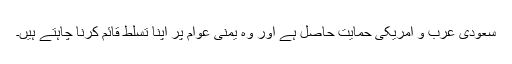
سعودی عرب و امریکی حمایت حاصل ہے اور وہ یمنی عوام پر اپنا تسلط قائم کرنا چاہتے ہیں۔